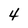
Character: 4